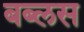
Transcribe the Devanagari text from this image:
बब्लस